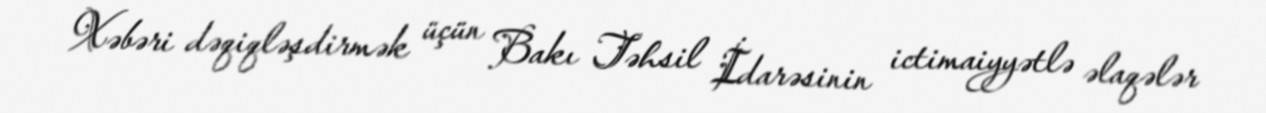
Xəbəri dəqiqləşdirmək üçün Bakı Təhsil İdarəsinin ictimaiyyətlə əlaqələr